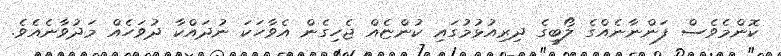
ކޮންމެވެސް ފަންނާނެއްގެ ލޯބީގެ ދިރިއުޅުމުގައި ކުންޏެއް ޖެހިގެން އެވާހަކަ ނުދައްކާ ދުވަހެއް މަދުވާނެއެވެ.